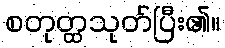
စတုတ္ထသုတ်ပြီး၏။